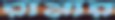
রামার